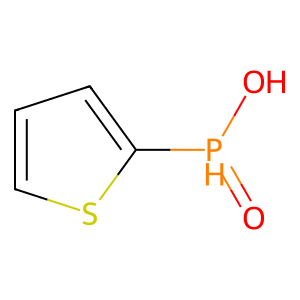
SMILES: O=[PH](O)c1cccs1
Inhibits HIV replication: No